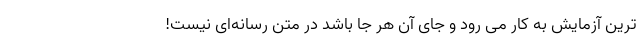
ترین آزمایش به کار می رود و جای آن هر جا باشد در متن رسانه‌ای نیست!